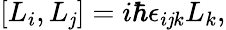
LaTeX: [L_{i},L_{\mathit{j}}]=i\hbar\epsilon_{i\mathit{j}k}L_{k},